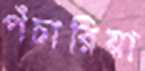
পঁচারিয়া